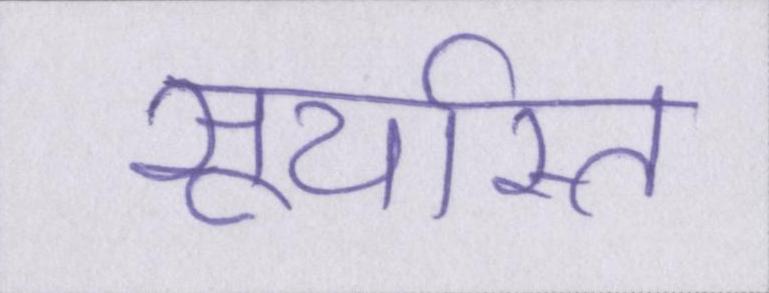
सूर्यास्त